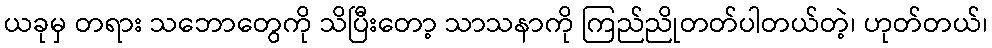
ယခုမှ တရား သဘောတွေကို သိပြီးတော့ သာသနာကို ကြည်ညိုတတ်ပါတယ်တဲ့၊ ဟုတ်တယ်၊